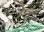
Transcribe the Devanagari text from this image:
ज्ञानदुर्बलः